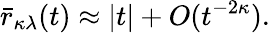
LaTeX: \bar{r}_{\kappa\lambda}(t)\approx|t|+O(t^{-2\kappa}).